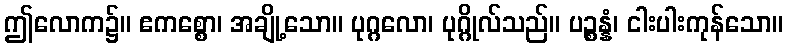
ဤလောက၌။ ဧကစ္စော၊ အချို့သော။ ပုဂ္ဂလော၊ ပုဂ္ဂိုလ်သည်။ ပဉ္စန္နံ၊ ငါးပါးကုန်သော။